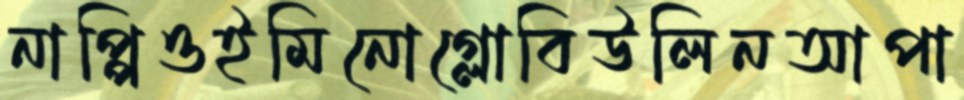
নাপ্পিওইমিনোগ্লোবিউলিনআপা